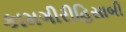
કામગીરીહિસાબી